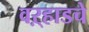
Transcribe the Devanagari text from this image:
वऱ्हाडचे